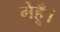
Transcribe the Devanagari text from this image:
गेहूँ।